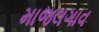
માજલગાવ